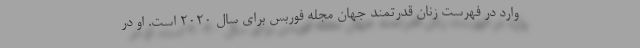
وارد در فهرست زنان قدرتمند جهان مجله فوربس برای سال ۲۰۲۰ است. او در